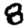
Digit: 8